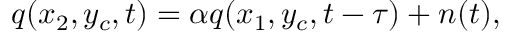
q ( x _ { 2 } , y _ { c } , t ) = \alpha q ( x _ { 1 } , y _ { c } , t - \tau ) + n ( t ) ,